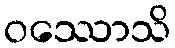
ဝဿောသိ